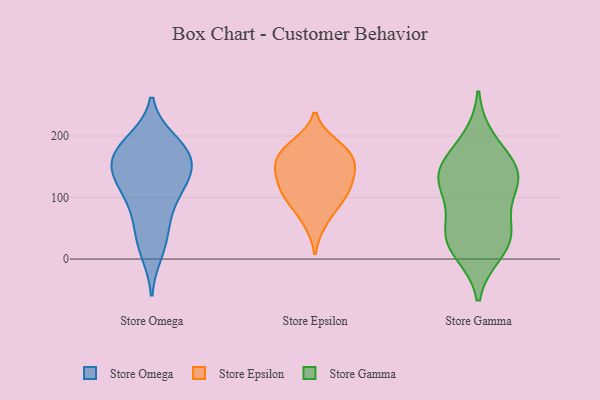
{"axis": {"x": "Inventory Turnover", "y": "Value"}, "legend": ["Store Epsilon", "Store Gamma", "Store Omega"], "data": [{"x": "", "y": 100, "type": "Store Omega"}, {"x": "", "y": 182, "type": "Store Omega"}, {"x": "", "y": 177, "type": "Store Omega"}, {"x": "", "y": 131, "type": "Store Omega"}, {"x": "", "y": 139, "type": "Store Omega"}, {"x": "", "y": 12, "type": "Store Omega"}, {"x": "", "y": 148, "type": "Store Omega"}, {"x": "", "y": 174, "type": "Store Omega"}, {"x": "", "y": 161, "type": "Store Omega"}, {"x": "", "y": 57, "type": "Store Omega"}, {"x": "", "y": 130, "type": "Store Omega"}, {"x": "", "y": 191, "type": "Store Omega"}, {"x": "", "y": 94, "type": "Store Omega"}, {"x": "", "y": 33, "type": "Store Omega"}, {"x": "", "y": 150, "type": "Store Epsilon"}, {"x": "", "y": 108, "type": "Store Epsilon"}, {"x": "", "y": 156, "type": "Store Epsilon"}, {"x": "", "y": 148, "type": "Store Epsilon"}, {"x": "", "y": 135, "type": "Store Epsilon"}, {"x": "", "y": 88, "type": "Store Epsilon"}, {"x": "", "y": 187, "type": "Store Epsilon"}, {"x": "", "y": 116, "type": "Store Epsilon"}, {"x": "", "y": 59, "type": "Store Epsilon"}, {"x": "", "y": 104, "type": "Store Epsilon"}, {"x": "", "y": 176, "type": "Store Epsilon"}, {"x": "", "y": 179, "type": "Store Epsilon"}, {"x": "", "y": 138, "type": "Store Gamma"}, {"x": "", "y": 45, "type": "Store Gamma"}, {"x": "", "y": 121, "type": "Store Gamma"}, {"x": "", "y": 11, "type": "Store Gamma"}, {"x": "", "y": 19, "type": "Store Gamma"}, {"x": "", "y": 194, "type": "Store Gamma"}, {"x": "", "y": 145, "type": "Store Gamma"}, {"x": "", "y": 41, "type": "Store Gamma"}, {"x": "", "y": 51, "type": "Store Gamma"}, {"x": "", "y": 159, "type": "Store Gamma"}, {"x": "", "y": 111, "type": "Store Gamma"}, {"x": "", "y": 130, "type": "Store Gamma"}]}